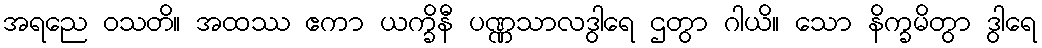
အရညေ ဝသတိ။ အထဿ ဧကာ ယက္ခိနီ ပဏ္ဏသာလဒွါရေ ဌတွာ ဂါယိ။ သော နိက္ခမိတွာ ဒွါရေ